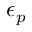
\epsilon _ { p }